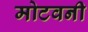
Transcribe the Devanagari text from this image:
मोटवनी